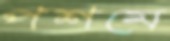
পশমে